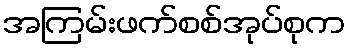
အကြမ်းဖက်စစ်အုပ်စုက